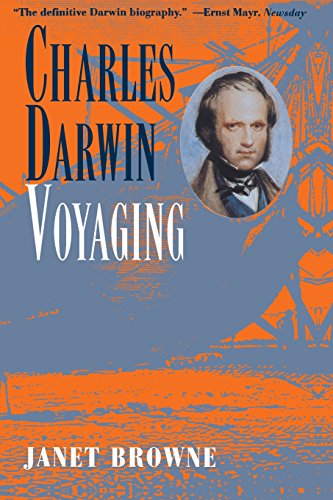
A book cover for Charles Darwin: A Biography, Vol. 1 - Voyaging; Janet Browne; Biographies & Memoirs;